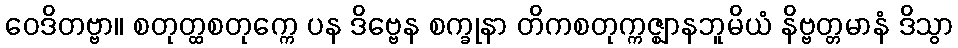
ဝေဒိတဗ္ဗာ။ စတုတ္ထစတုက္ကေ ပန ဒိဗ္ဗေန စက္ခုနာ တိကစတုက္ကဇ္ဈာနဘူမိယံ နိဗ္ဗတ္တမာနံ ဒိသွာ